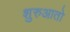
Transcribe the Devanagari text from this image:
शुरुआतो